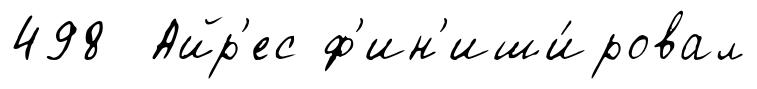
498 Айр'ес ф'ин'иши́ровал